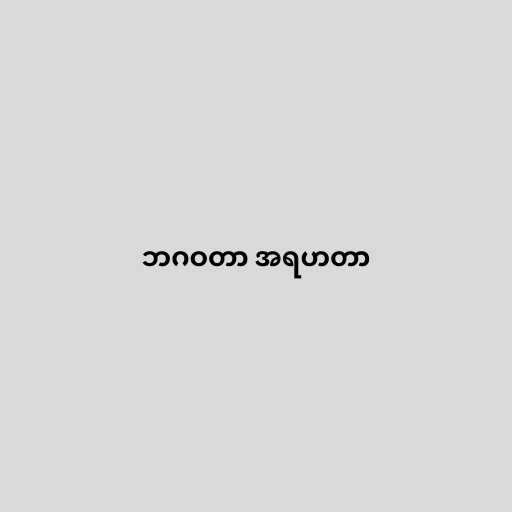
ဘဂဝတာ အရဟတာ